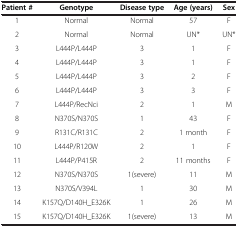
| Patient # | Genotype | Disease type | Age (years) | Sex |
 | --- | --- | --- | --- | --- |
 | 1 | Normal | Normal | 57 | F |
 | 2 | Normal | Normal | UN* | UN* |
 | 3 | L444P/L444P | 3 | 1 | F |
 | 4 | L444P/L444P | 3 | 1 | F |
 | 5 | L444P/L444P | 3 | 2 | F |
 | 6 | L444P/L444P | 3 | 3 | F |
 | 7 | L444P/RecNci | 2 | 1 | M |
 | 8 | N370S/N370S | 1 | 43 | F |
 | 9 | R131C/R131C | 2 | 1 month | F |
 | 10 | L444P/R120W | 2 | 1 | F |
 | 11 | L444P/P415R | 2 | 11 months | F |
 | 12 | N370S/N370S | 1(severe) | 11 | M |
 | 13 | N370S/V394L | 1 | 30 | M |
 | 14 | K157Q/D140H_E326K | 1 | 26 | M |
 | 15 | K157Q/D140H_E326K | 1(severe) | 13 | M |